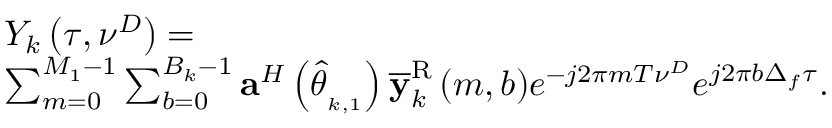
\begin{array} { r l } & { { { \cal Y } _ { k } } \left( \tau , { { \nu ^ { D } } } \right) = } \\ & { \sum _ { m = 0 } ^ { M _ { 1 } - 1 } { \sum _ { { b } = 0 } ^ { { B _ { k } - 1 } } { { { \bf a } ^ { H } } \left( { { \hat { \theta } } _ { _ { k , 1 } } } \right) { { \bf { \overline { y } } } _ { k } ^ { \mathrm { R } } } \left( { m , { b } } \right) } e ^ { - j 2 \pi m { T } { \nu ^ { D } } } { e ^ { j 2 \pi { b } \Delta _ { f } \tau } } } . } \end{array}